Language: tamil
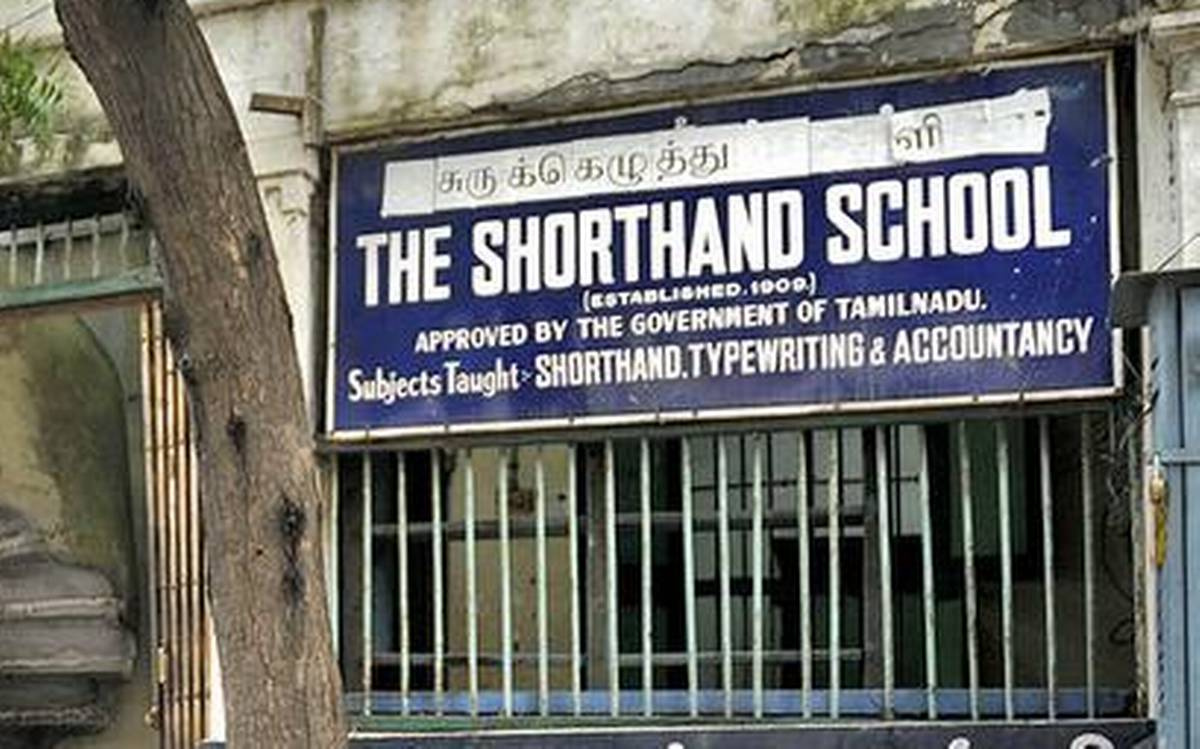
Transcription: சுருக்கெழுத்து